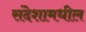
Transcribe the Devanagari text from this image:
संदेशामधील